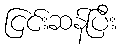
ငြင်းဆန်ပြီး